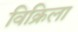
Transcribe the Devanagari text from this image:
विक्रिला